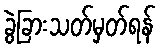
ခွဲခြားသတ်မှတ်ရန်